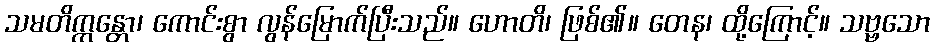
သမတိက္ကန္တော၊ ကောင်းစွာ လွန်မြောက်ပြီးသည်။ ဟောတိ၊ ဖြစ်၏။ တေန၊ ထို့ကြောင့်။ သဗ္ဗသော